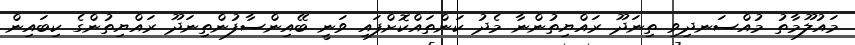
މައުލޫމާތު މުއްސަނދިވި ތިނަދޫ ރައްޔިތުންނާ މެދު ކަންތައްކޮށްފައި ވަނީ ބޭއިންސާފުންތިނަދޫ ރައްޔިތުންގެ ކިބައިން